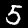
Digit: 5